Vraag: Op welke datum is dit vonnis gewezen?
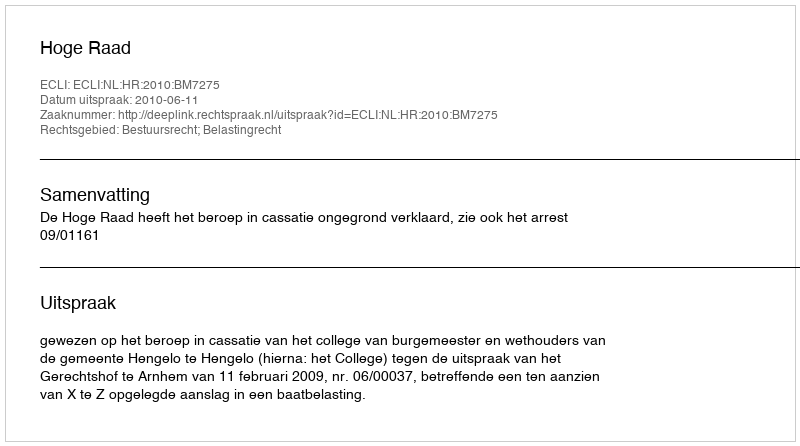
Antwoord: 2010-06-11